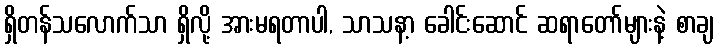
ရှိတန်သလောက်သာ ရှိလို့ အားမရတာပါ, သာသနာ့ ခေါင်းဆောင် ဆရာတော်များနဲ့ စာချ